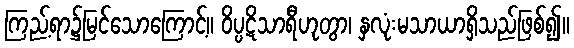
ကြည့်ရာ၌မြင်သောကြောင့်။ ဝိပ္ပဋိသာရီဟုတွာ၊ နှလုံးမသာယာရှိသည်ဖြစ်၍။